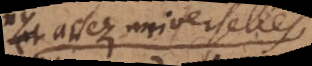
ny assez universelles